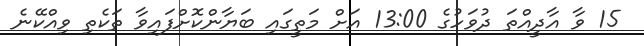
15 ވާ އާދީއްތަ ދުވަހުގެ 13:00 އަށް މަތީގައި ބަޔާންކޮށްފައިވާ ތަކެތި ވިއްކޭނެ